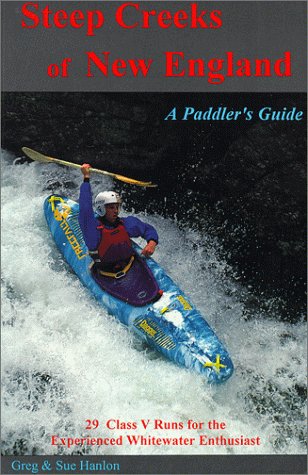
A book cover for Steep Creeks of New England; Greg Hanlon; Travel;